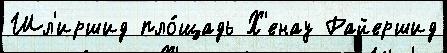
Шл'иршид пло́щадь Х'енау Райершид